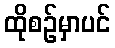
ထိုစဉ်မှာပင်